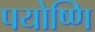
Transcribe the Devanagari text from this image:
पयोष्णि